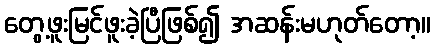
တွေ့ဖူးမြင်ဖူးခဲ့ပြီဖြစ်၍ အဆန်းမဟုတ်တော့။